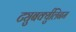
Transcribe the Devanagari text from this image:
ट्युबर्क्युलिनम